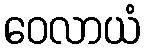
ဝေလာယံ